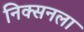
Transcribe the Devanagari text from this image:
निक्सनला